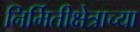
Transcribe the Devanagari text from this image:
निर्मितीक्षेत्राच्या